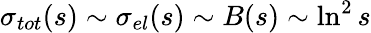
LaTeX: \sigma_{tot}(s)\sim\sigma_{el}(s)\sim B(s)\sim\ln^{2}s